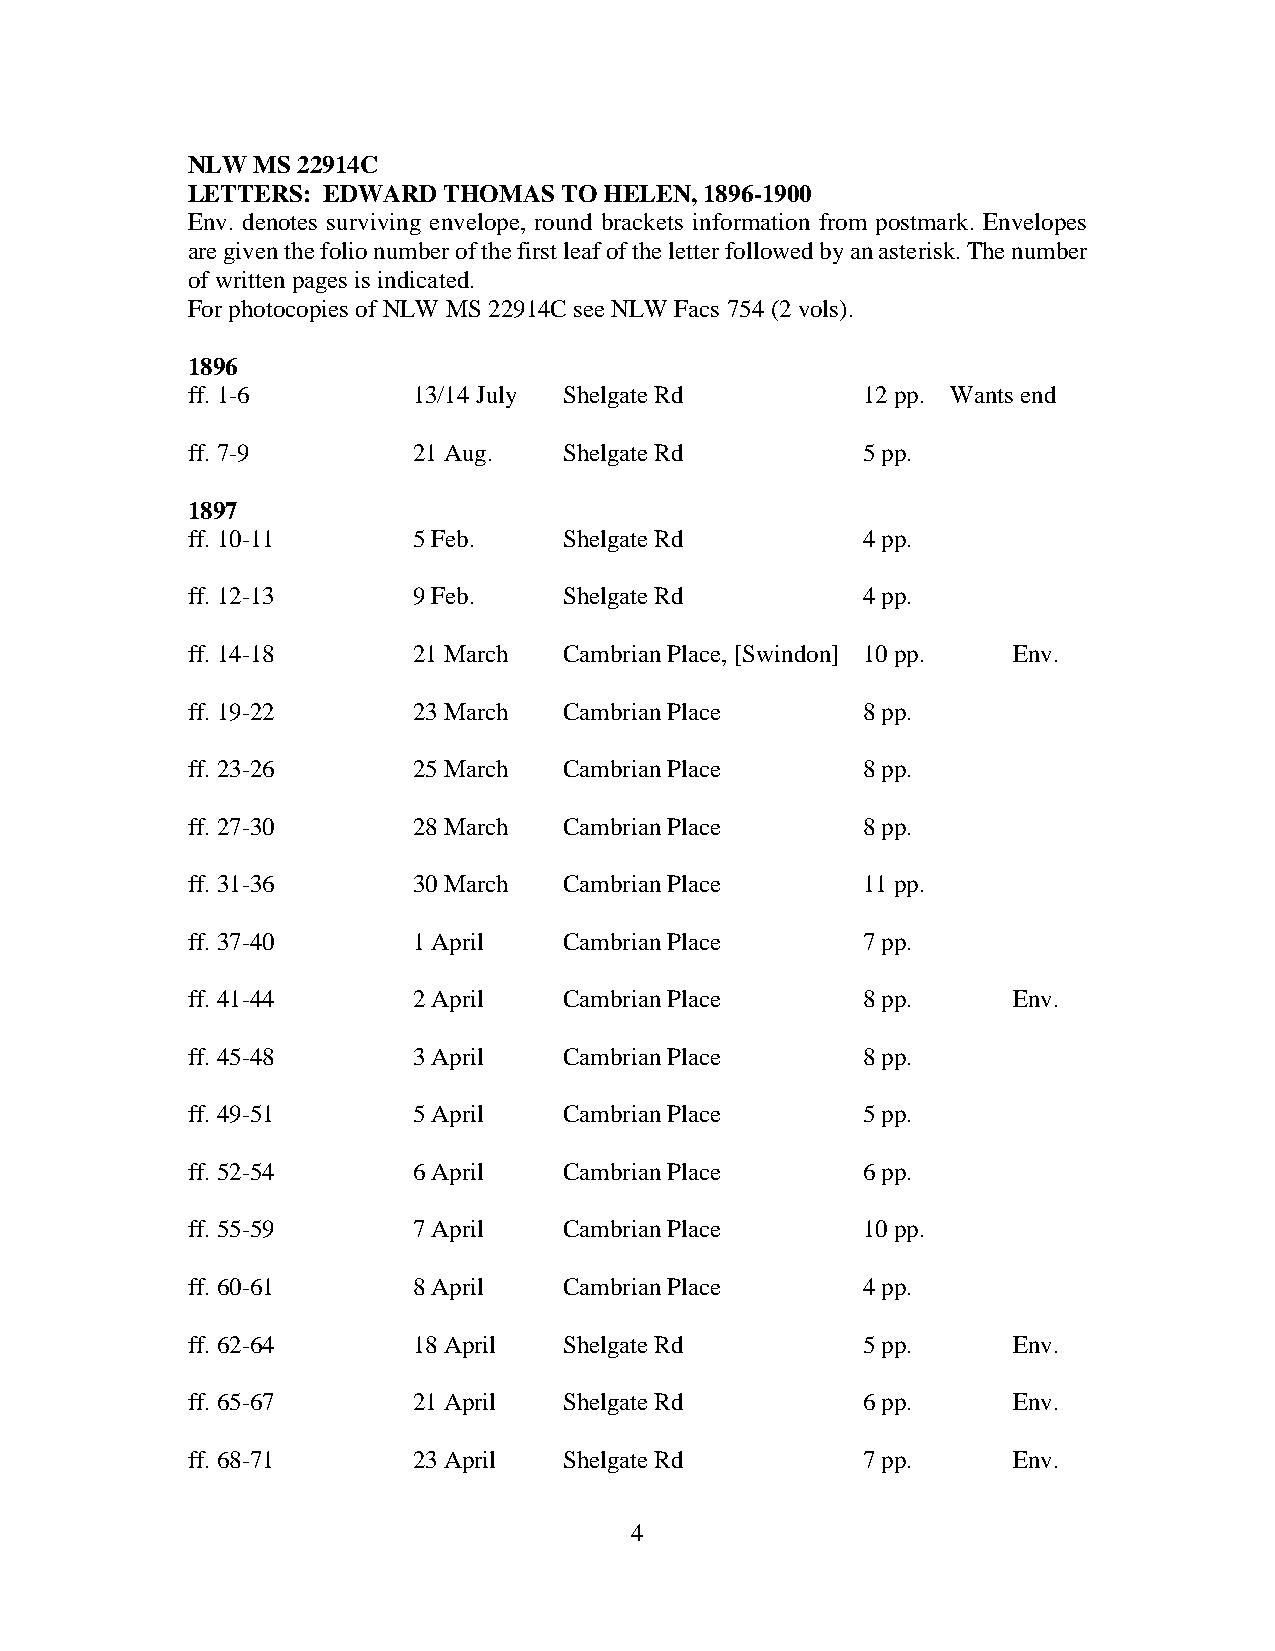
NLW  MS 22914C
 LETTERS: EDWARD  THOMAS  TO HELEN, 1896-1900
 Env. denotes surviving envelope, round brackets information from postmark. Envelopes
 are given the folio number of the first leaf of the letter followed by an asterisk. The number
 of written pages is indicated.
 For photocopies of NLW MS 22914C see NLW Facs 754 (2 vols).
 1896
 ff. 1-6        13/14 July Shelgate Rd        12 pp. Wants end
 ff. 7-9        21 Aug.   Shelgate Rd         5 pp.
 1897
 ff. 10-11      5 Feb.    Shelgate Rd         4 pp.
 ff. 12-13      9 Feb.    Shelgate Rd         4 pp.
 ff. 14-18      21 March  Cambrian Place, [Swindon] 10 pp. Env.
 ff. 19-22      23 March  Cambrian Place      8 pp.
 ff. 23-26      25 March  Cambrian Place      8 pp.
 ff. 27-30      28 March  Cambrian Place      8 pp.
 ff. 31-36      30 March  Cambrian Place      11 pp.
 ff. 37-40      1 April   Cambrian Place      7 pp.
 ff. 41-44      2 April   Cambrian Place      8 pp.     Env.
 ff. 45-48      3 April   Cambrian Place      8 pp.
 ff. 49-51      5 April   Cambrian Place      5 pp.
 ff. 52-54      6 April   Cambrian Place      6 pp.
 ff. 55-59      7 April   Cambrian Place      10 pp.
 ff. 60-61      8 April   Cambrian Place      4 pp.
 ff. 62-64      18 April  Shelgate Rd         5 pp.     Env.
 ff. 65-67      21 April  Shelgate Rd         6 pp.     Env.
 ff. 68-71      23 April  Shelgate Rd         7 pp.     Env.
 4